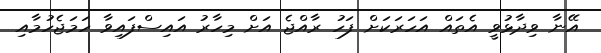
އޭނާ ވިދާޅުވީ އެތައް އަހަރަކަށް ފަހު ރާއްޖެ އަށް މިހާރު އައިސްފައިވާ ހަމަޖެހުމާއި